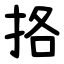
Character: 挌